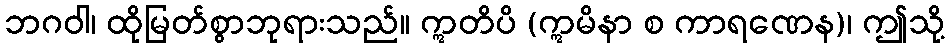
ဘဂဝါ၊ ထိုမြတ်စွာဘုရားသည်။ ဣတိပိ (ဣမိနာ စ ကာရဏေန)၊ ဤသို့